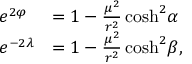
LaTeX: \begin{array} { l l } { { e ^ { 2 \varphi } } } & { { = 1 - \frac { \mu ^ { 2 } } { r ^ { 2 } } \cosh ^ { 2 } \! \alpha } } \\ { { e ^ { - 2 \lambda } } } & { { = 1 - \frac { \mu ^ { 2 } } { r ^ { 2 } } \cosh ^ { 2 } \! \beta , } } \end{array}